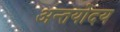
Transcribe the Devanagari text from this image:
अन्तयोदय